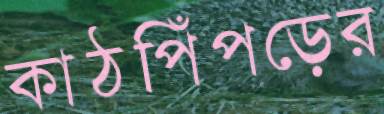
কাঠপিঁপড়ের